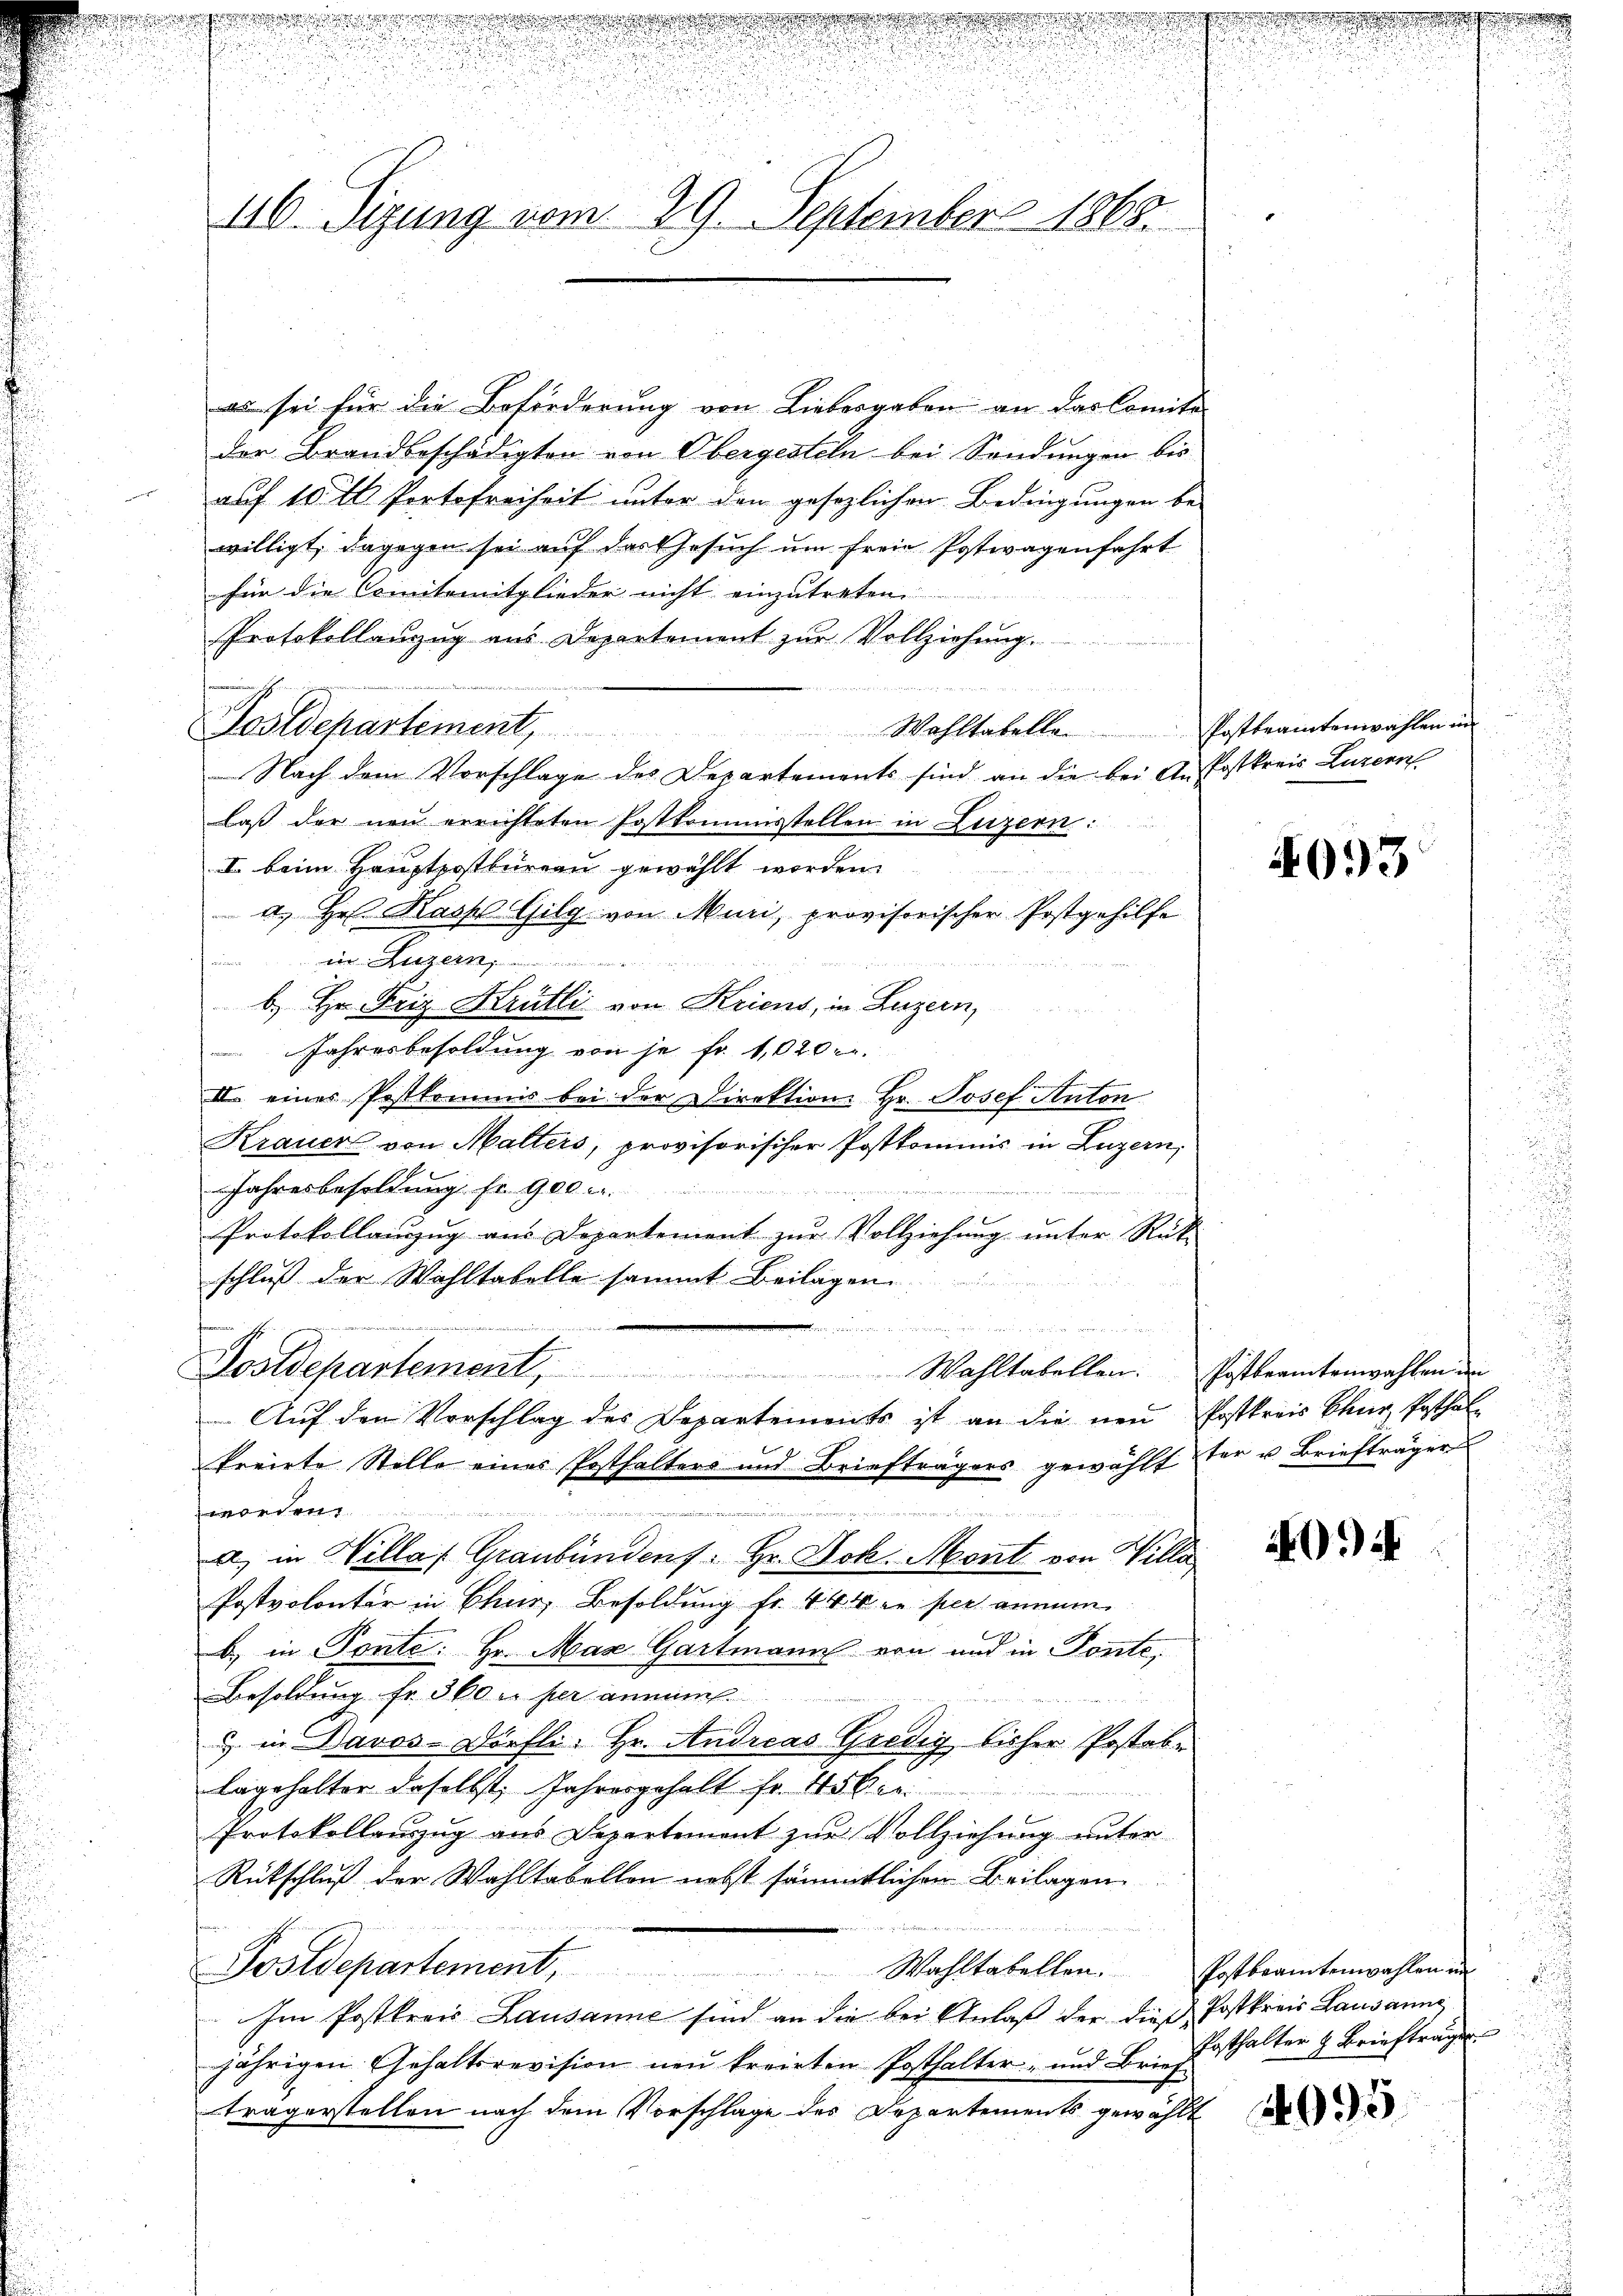
116. Sizung vom 29. September 1868.

es sei für die Beförderung von Liebergaben an das Comita
der Brandbeschädigten von Obergesteln bei Sendungen bis
auf 15 t. Portofreiheit unter den gesezlichen Bedingungen be-
willigt, dagegen sei auf das Gesuch um freie Postwagenfahrt
für die Comitemitglieder nicht einzutreten
Protokollanzug aus Departement zur Vollziehung.

Wahltabelle Postbeamtenwahlen in
Sostdepartement,
Nach dem Vorschlage des Departements sind an die bei Anspostkreis Luzern
laß der neu errichteten Postkommisstellen in Luzern:
I. beim Hauptpostbureau gewählt worden.
u
a. Hr. Kaspl Gilg von Muri, provisorischer Postgehilfe
r e
b) Hr. Friz Krütli von Kriens, in Luzern,
 Jahresbesoldung von je fr. 1,020 r.
III. einer Postkommnis bei der Direktion Hr. Josef Anton
Krauer von Malters, provisorischer Postkommnis in Luzern,
Jahresbesoldung fr. 900.
Protokollanzug aus Departement zur Vollziehung unter Rück-
schluß der Wohltabelle sammt Beilagen
   und und unden wenn eine
Postdepartement, Wahltabellen. Postbeamtenwahlen der
Auf den Vorschlag des Departements ist an die neu Postkreis Chur, Posthal
kreiste Stelle eines Posthalters und Briefträgers gewählt ster u. Briefträger

worden.
n

a) in Willa (Graubündens. Hr. Joh. Mont von Villa
Postvolontär in Chur, Besoldung fr. 44 x ne per anmunb) in Ponte: Hr. Max Gartmann von und in Sonnte,
Besoldung fr. 360 u. per annis
u in Davos-Dörfli- Hr. Andreas Gredig bisher Postabe
lagehalter daselbst, Jahresgehalt fr. 45 x
r
Protokollanzug aus Departement zur Vollziehung unter
Rütschluß der Wahltabellon nebst sämmtlichen Beilagen
Wahltabellen. Postbeamtenwahlen un
Sostdepartement,
etet werd
Im Postkreis Lausanne sind an die bei Anlaß der dies Postkreis Lausanne
jährigen Gehaltsrevision neu kreisten Posthalter- und Brief
tragerstellen nach dem Vorschlage des Departements gewählt

2093

1094

Posthalter z. Brieftrage

4095